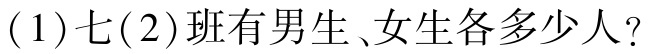
(1)七(2)班有男生、女生各多少人？